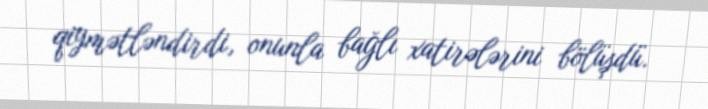
qiymətləndirdi, onunla bağlı xatirələrini bölüşdü.